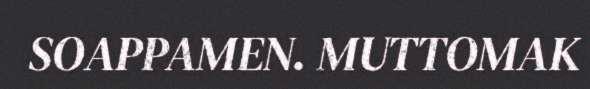
SOAPPAMEN. MUTTOMAK